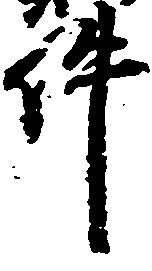
件